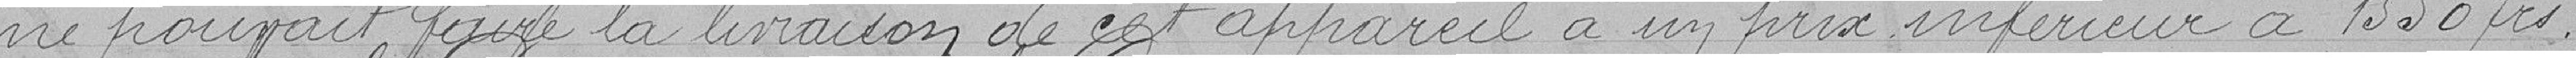
ne pouvait faire la livraison de cet appareil à un prix inférieur à 1550 frs.